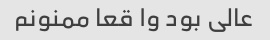
عالی بود وا قعا ممنونم